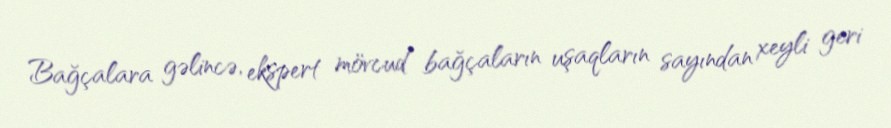
Bağçalara gəlincə, ekspert mövcud bağçaların uşaqların sayından xeyli geri